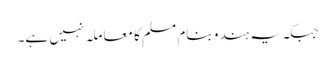
جبکہ یہ ہندو بنام مسلم کا معاملہ نہیں ہے۔